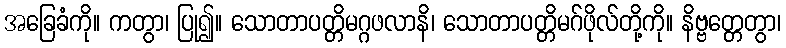
အခြေခံကို။ ကတွာ၊ ပြု၍။ သောတာပတ္တိမဂ္ဂဖလာနိ၊ သောတာပတ္တိမဂ်ဖိုလ်တို့ကို။ နိဗ္ဗတ္တေတွာ၊